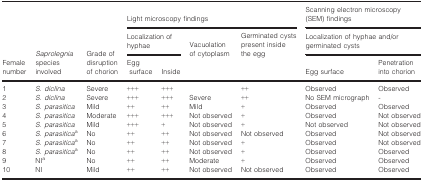
| <ROWSPAN=3> Female number | <ROWSPAN=3> Saprolegnia species involved | <ROWSPAN=3> Grade of disruption of chorion | <COLSPAN=4> Light microscopy findings | <COLSPAN=2> Scanning electron microscopy (SEM) findings |
 | <COLSPAN=2> Localization of hyphae | Vacuolation of cytoplasm | Germinated cysts present inside the egg | <COLSPAN=2> Localization of hyphae and/or germinated cysts |
 | Egg surface | Inside |  |  | Egg surface | Penetration into chorion |
 | --- | --- | --- | --- | --- | --- | --- | --- | --- |
 | 1 | S. diclina | Severe | +++ | +++ |  | ++ | Observed | Observed |
 | 2 | S. diclina | Severe | +++ | +++ | Severe | ++ | No SEM micrograph | ‐ |
 | 3 | S. parasitica | Mild | ++ | ++ | Mild | + | Observed | Observed |
 | 4 | S. parasitica | Moderate | +++ | +++ | Not observed | + | Observed | Not observed |
 | 5 | S. parasitica | Mild | +++ | + | Not observed | + | Not observed | Not observed |
 | 6 | S. parasiticaa | No | ++ | ++ | Not observed | Not observed | Observed | Not observed |
 | 7 | S. parasiticaa | No | ++ | ++ | Not observed | + | Observed | Not observed |
 | 8 | S. parasiticaa | No | ++ | ++ | Not observed | + | Observed | Observed |
 | 9 | NIa | No | ++ | ++ | Moderate | + | Observed | Observed |
 | 10 | NI | Mild | ++ | ++ | Not observed | Not observed | Observed | Observed |